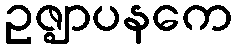
ဥဇ္ဈာပနကေ